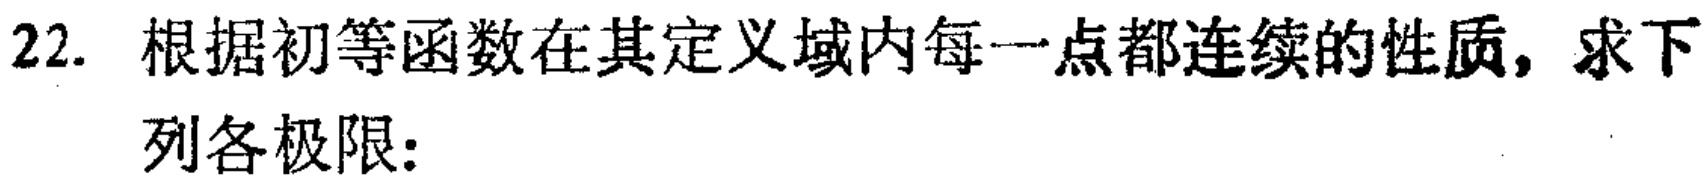
22. 根据初等函数在其定义域内每一点都连续的性质，求下列各极限：